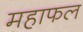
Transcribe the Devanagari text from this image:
महाफल